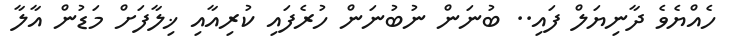
ހެއްޔެވެ ދާނިޔަލް ފައި.. ބުނަން ނުބުނަން ހުރެފައި ކުރިއާއި ޚިލާފަށް މަޑުން އާލާ